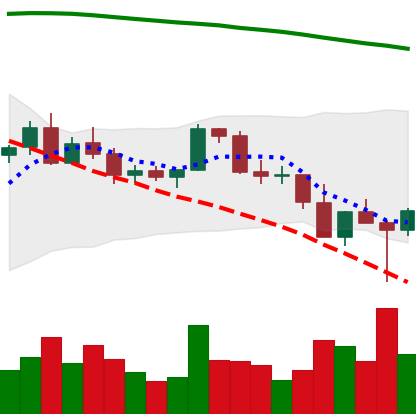
Ticker: BNB-USD
Chart end date: 2022-02-25
Forward return: 9.092%
Label: up_7plus